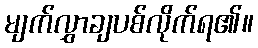
မျက်လွှာချပစ်လိုက်ရ၏။